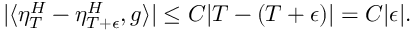
| \langle \eta _ { T } ^ { H } - \eta _ { T + \epsilon } ^ { H } , g \rangle | \leq C | T - ( T + \epsilon ) | = C | \epsilon | .